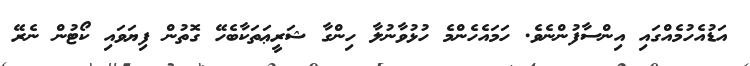
އަޑުއެހުމެއްގައި އިންސާފުންނެވެ. ހަމައެހެންމެ ހުޅުވާނުލާ ހިންގާ ޝަރީޢަތަކާބެހޭ ގޮތުން ފިޔަވައި ކޯޓުން ނެރޭ